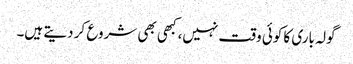
گولہ باری کا کوئی وقت نہیں، کبھی بھی شروع کر دیتے ہیں۔